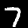
Digit: 7